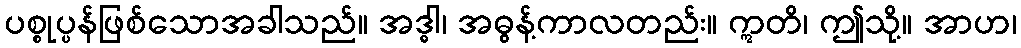
ပစ္စုပ္ပန်ဖြစ်သောအခါသည်။ အဒ္ဓါ၊ အဓွန့်ကာလတည်း။ ဣတိ၊ ဤသို့။ အာဟ၊